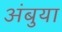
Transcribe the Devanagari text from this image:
अंबुया